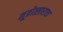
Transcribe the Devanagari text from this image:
मूत्रोत्साराचा